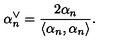
\alpha _ { n } ^ { \vee } = \frac { 2 \alpha _ { n } } { \langle \alpha _ { n } , \alpha _ { n } \rangle } .